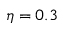
\eta = 0 . 3